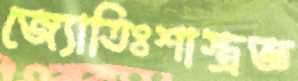
জ্যোতিঃশাস্ত্রজ্ঞ